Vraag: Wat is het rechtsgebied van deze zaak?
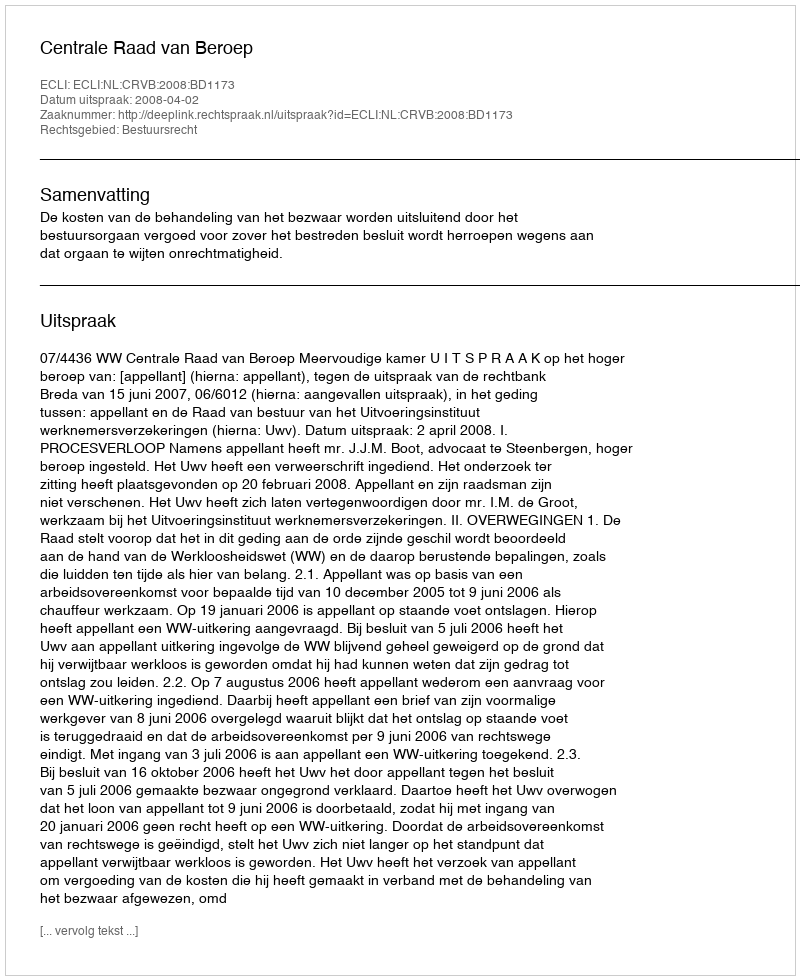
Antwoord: Bestuursrecht